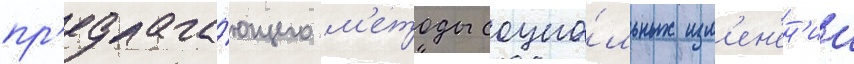
пр'едлага́ющего м'етоды социа́льных изм'ен'ен'ии